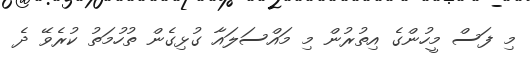
މި ފަސް މީހުންގެ އިތުރުން މި މައްސަލައާ ގުޅިގެން ތުހުމަތު ކުރެވޭ ދެ